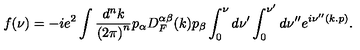
f ( \nu ) = - i e ^ { 2 } \int \frac { d ^ { n } k } { { ( 2 \pi ) } ^ { n } } p _ { \alpha } D _ { F } ^ { \alpha \beta } ( k ) p _ { \beta } \int _ { 0 } ^ { \nu } d \nu ^ { \prime } \int _ { 0 } ^ { \nu ^ { \prime } } d \nu ^ { \prime \prime } e ^ { i \nu ^ { \prime \prime } ( k . p ) } .